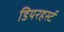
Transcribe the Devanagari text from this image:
डियरहर्स्ट